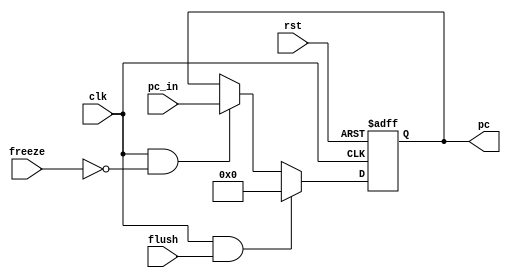
module WB_Stage_Reg (
    input clk, rst, flush, freeze,
    input [31:0] pc_in, 
    output reg [31:0] pc
);
    always @(posedge clk, posedge rst) begin
        if (rst) 
        begin
            pc <= 32'b0;
        end
        else if (clk && flush)
        begin
            pc <= 32'b0;
        end
        else if (clk && ~freeze)
        begin
            pc <= pc_in;
        end 
        else
        begin
            pc <= pc;
        end
    end
endmodule